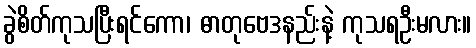
ခွဲစိတ်ကုသပြီးရင်ကော၊ ဓာတုဗေဒနည်းနဲ့ ကုသရဦးမလား။